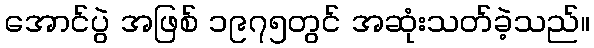
အောင်ပွဲ အဖြစ် ၁၉၇၅တွင် အဆုံးသတ်ခဲ့သည်။